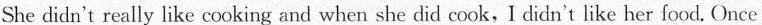
She didn't really like cooking and when she did cook,I didn't like her food. Once